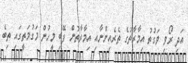
އަދި ރޯވި ވަގުތު އިމާރާތުގެ ތެރެއިންނާއި އިމާރާތުން ފޭބި މީހުން މަގުމަތީގައި ތިބެ